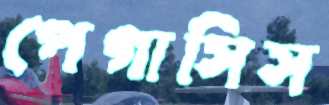
পেগাসিস